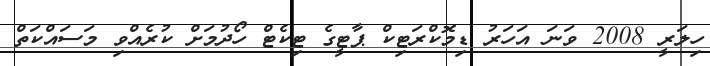
ހިލަރީ 2008 ވަނަ އަހަރު ޑިމޮކްރަޓިކް ޕާޓީގެ ޓިކެޓް ހޯދުމަށް ކުރެއްވި މަސައްކަތް